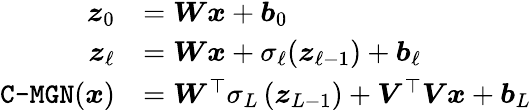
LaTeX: \begin{array}{rl}{\boldsymbol{z}_{0}}&{=\boldsymbol{W}\boldsymbol{x}+\boldsymbol{b}_{0}}\\ {\boldsymbol{z}_{\ell}}&{=\boldsymbol{W}\boldsymbol{x}+\sigma_{\ell}(\boldsymbol{z}_{\ell-1})+\boldsymbol{b}_{\ell}}\\ {\mathrm{\texttt{C-MGN}}(\boldsymbol{x})}&{=\boldsymbol{W}^{\top}\sigma_{L}\left(\boldsymbol{z}_{L-1}\right)+\boldsymbol{V}^{\top}\boldsymbol{V}\boldsymbol{x}+\boldsymbol{b}_{L}}\end{array}